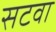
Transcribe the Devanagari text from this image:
सटवा